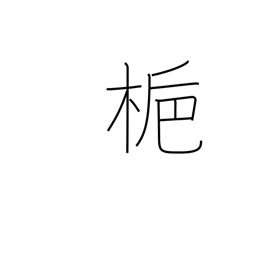
Meaning: gardenia